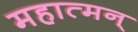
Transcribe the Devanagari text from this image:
महात्मन्‌